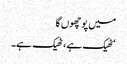
میں پوچھوں گا
‘ٹھیک ہے ، ٹھیک ہے۔